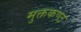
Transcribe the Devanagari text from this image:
मुक्तकण्ठ